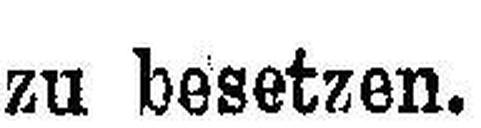
zu besetzen.